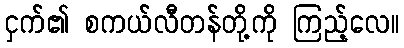
ငှက်၏ စကယ်လီတန်တို့ကို ကြည့်လေ။